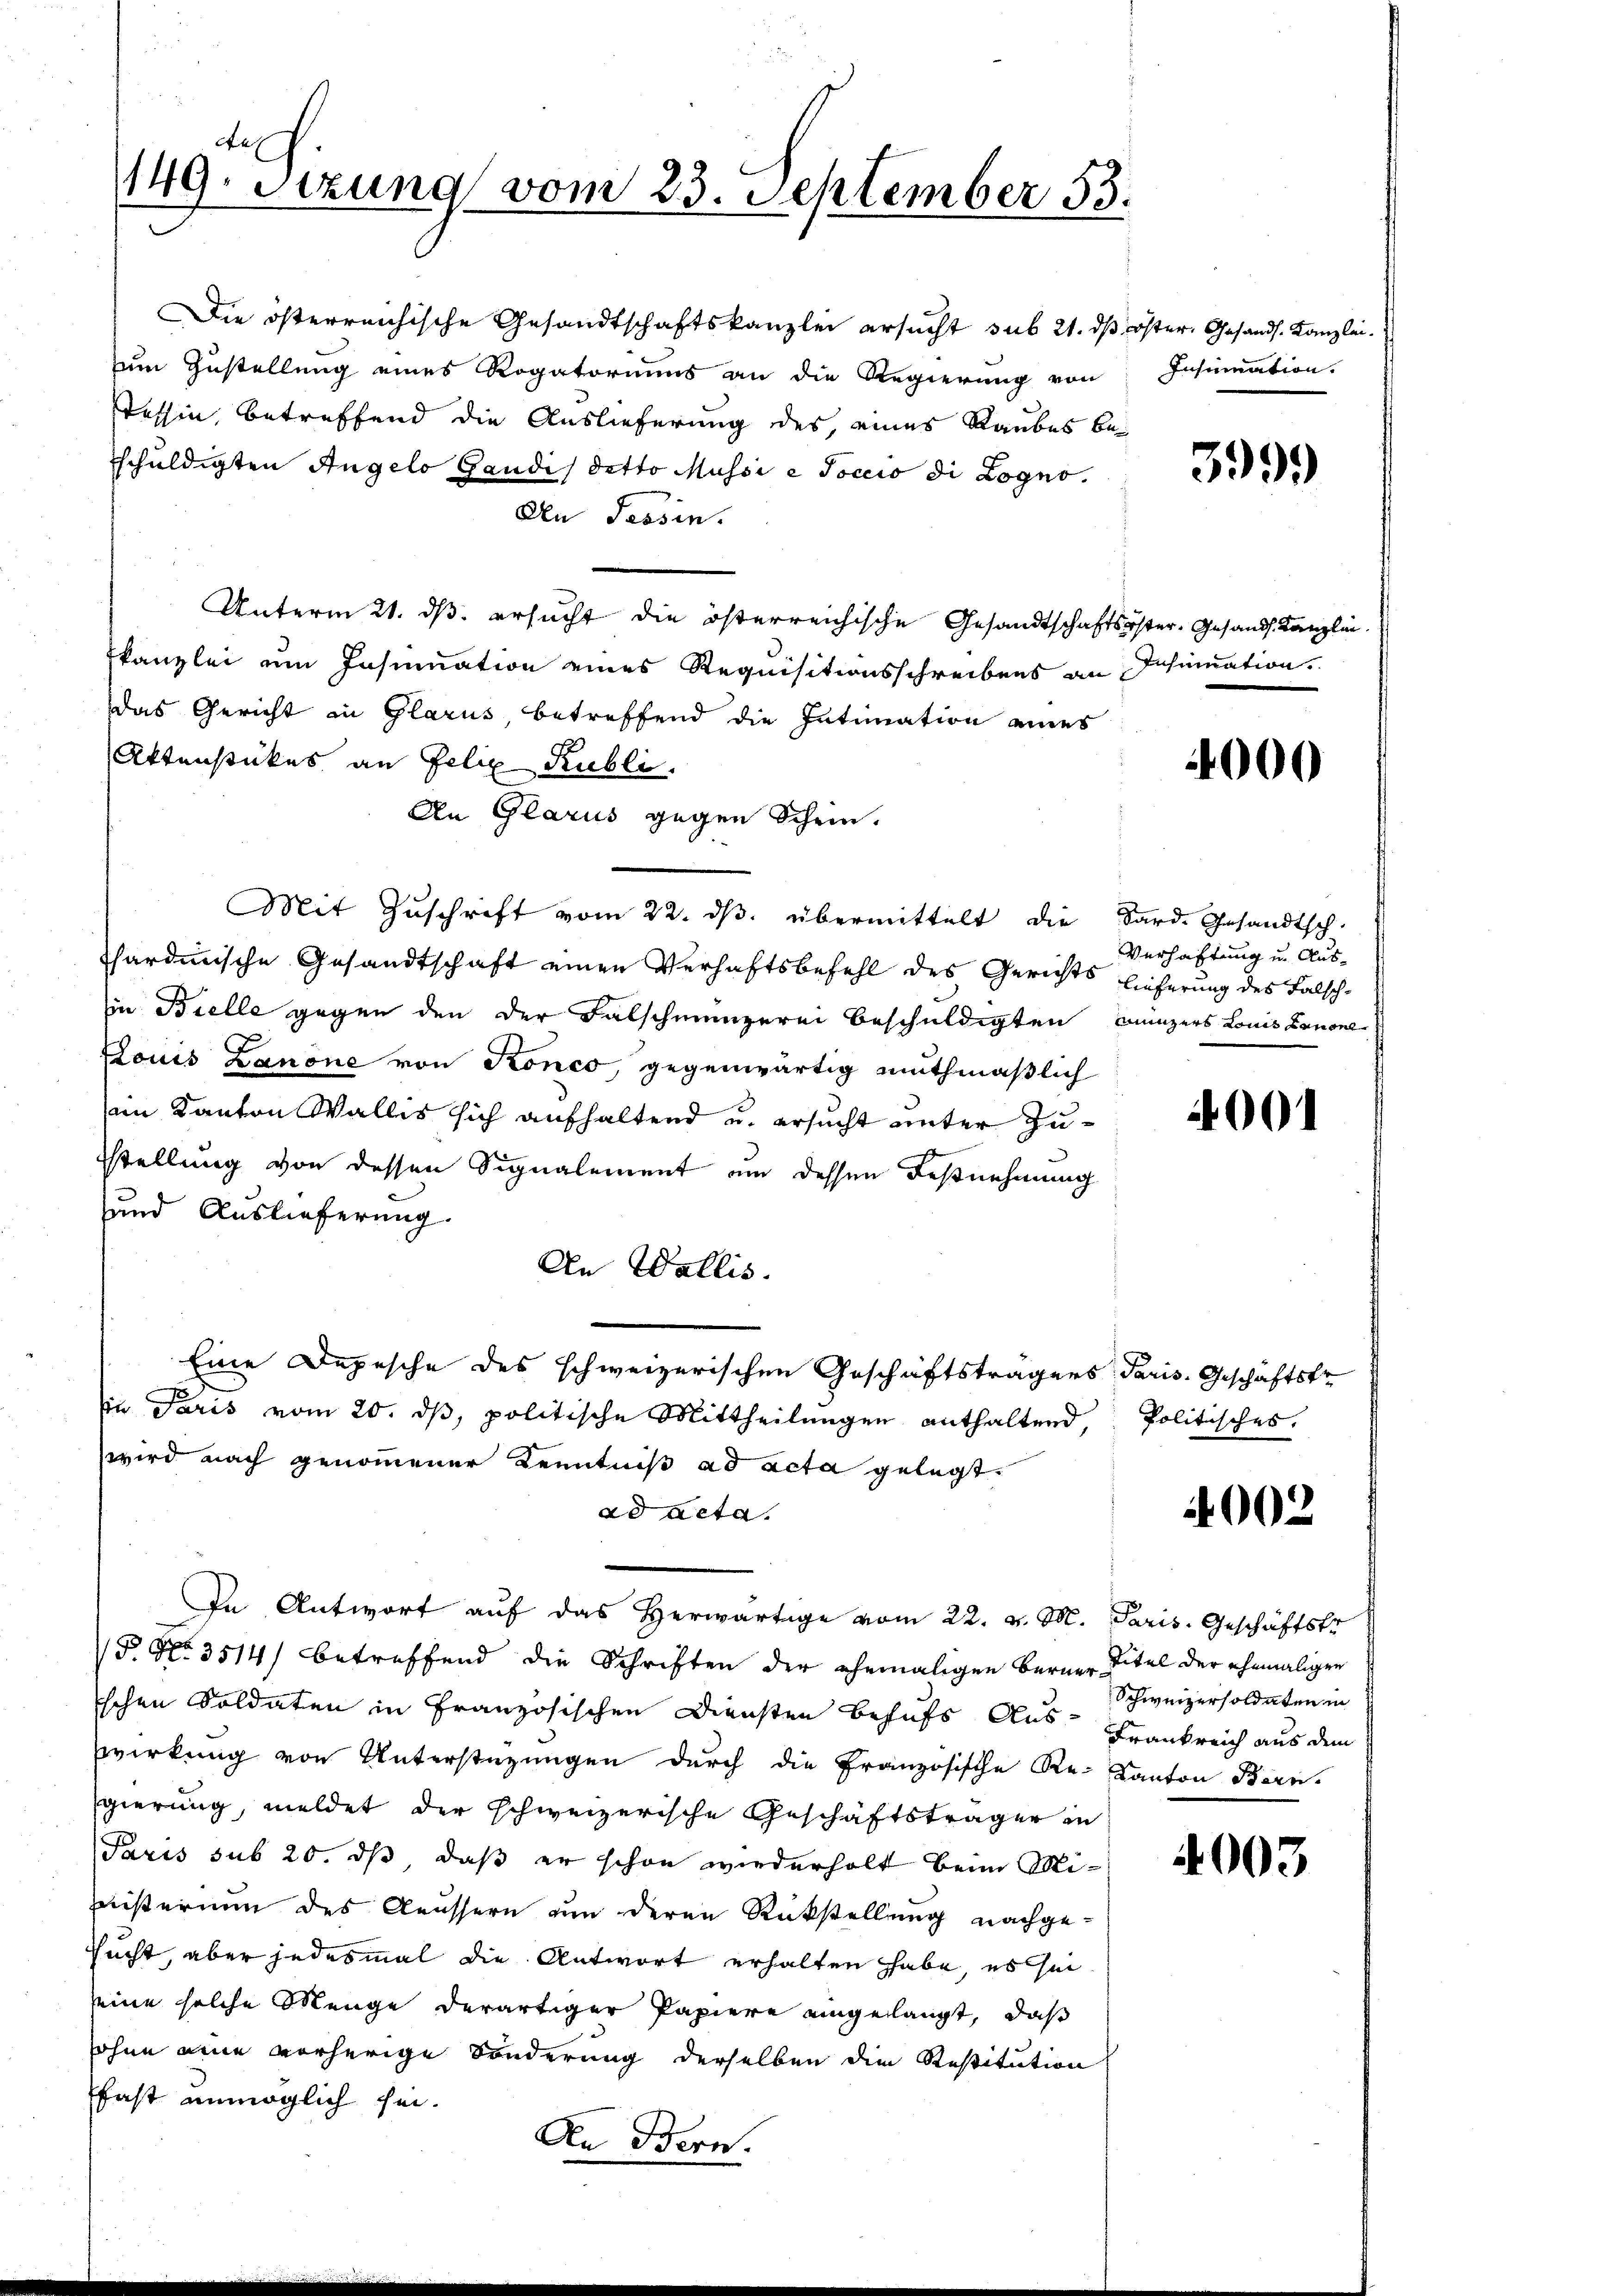
Aes
149. Sitzung vom 23. September 53.

Die österreichische Gesandtschaftskanzlei ersucht sub 21. dß öster, Gesandt. Kanzleizum Zustellung eines Rogatoriums an die Regierung von Insinuation.
Tessin, betreffend die Auslieferung des, eines Raubes beschuldigten Angelo Gaudis detto Mussi e soccio di Logno.
Den Tessin.
Unterm 21. ds. ersucht die österreichische Gesandtschaftsster. Gesandt. Kanzlini
fkanzlei um Insinuation eines Requisitionsschreibens an Schumation
das Gericht in Glarus betreffend die Intimation eines
Aktenstückes an Felix Kubli
An Glarus gegen Schein.
Mit Zuschrift vom 22. ds. übermittelt die Sard. Gesandtsch-
thardinische Gesandtschaft einen Verhaftsbefehl des Gerichts Lieferung des Falschin Bielle gegen den der Falschmünzerei beschuldigten Bunzers Louis Canone
Louis Lanone von Konco, gegenwärtig muthmaßlich
am Kanton Wallis sich aufhaltend u. ersucht unter Zu¬
Stellung von dessen Signalement um dessen Festnehmung
und Auslieferung.
An Wallis.
Eine Depesche des schweizerischen Geschäftsträgers Paris. Geschäftstr
1
in Paris vom 20. dβ, politische Mittheilungen enthaltend Politisches.
wird nach genommener Kenntniß ad acta gelegt.
ad acta.
In Antwort aŭf das herwärtige vom 22. v. M. Paris. Geschäftstr
§. No. 3514) betreffend die Schriften der ehemaligen Berner Titel der ehemaligen
ischen Soldaten in Französischen Diensten behufs Aus- Frankreich aus dem
wirkung von Unterstüzungen durch die Französische Re-Kanton Bern.
gierung, meldet der schweizerische Geschäftsträger in
Paris sub 20. ds, daß er schon wiederholt beim Mimeisterium des Aeussern an deren Rückstellung nachgesucht, aber jedesmal die Antwort erhalten habe, es sei
eine solche Menge derartiger Papiere eingelangt, daß
sohne eine vorherige Sonderung derselben die Restitution
fast unmöglich sei.

3999

4000

Verhaftung u. Aus¬

001

4002

Schweizersoldaten in

4003